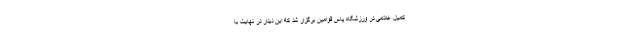
کمیل غلامی در ورزشگاه پاس قوامین برگزار شد که این دیدار در نهایت با